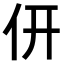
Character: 𠆻